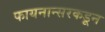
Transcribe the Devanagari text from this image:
फायनान्सरकडून